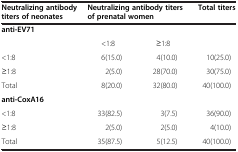
<table><thead><tr><td><b>Neutralizing antibody titers of neonates</b></td><td colspan="2"><b>Neutralizing antibody titers of prenatal women</b></td><td><b>Total titers</b></td></tr></thead><tbody><tr><td colspan="4"><b>anti-EV71</b></td></tr><tr><td> </td><td>&lt;1:8</td><td>≥1:8</td><td> </td></tr><tr><td>&lt;1:8</td><td>6(15.0)</td><td>4(10.0)</td><td>10(25.0)</td></tr><tr><td>≥1:8</td><td>2(5.0)</td><td>28(70.0)</td><td>30(75.0)</td></tr><tr><td>Total</td><td>8(20.0)</td><td>32(80.0)</td><td>40(100.0)</td></tr><tr><td colspan="4"><b>anti-CoxA16</b></td></tr><tr><td>&lt;1:8</td><td>33(82.5)</td><td>3(7.5)</td><td>36(90.0)</td></tr><tr><td>≥1:8</td><td>2(5.0)</td><td>2(5.0)</td><td>4(10.0)</td></tr><tr><td>Total</td><td>35(87.5)</td><td>5(12.5)</td><td>40(100.0)</td></tr></tbody></table>